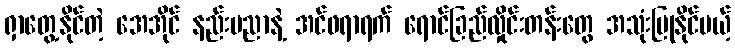
ရှာတွေ့နိုင်တဲ့ အေအိုင် နည်းပညာနဲ့ အင်ဖရာရက် ရောင်ခြည်လှိုင်းတန်းတွေ အသုံးပြုနိုင်မယ့်